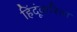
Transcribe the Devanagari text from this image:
हिंदूंकरिता